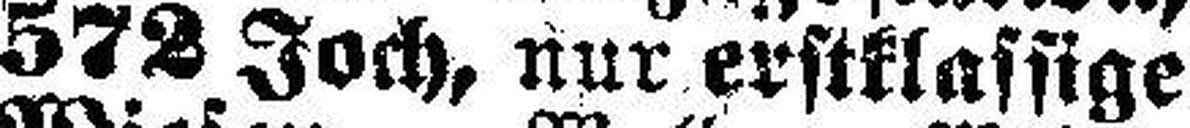
572 Joch, nur erstklassige